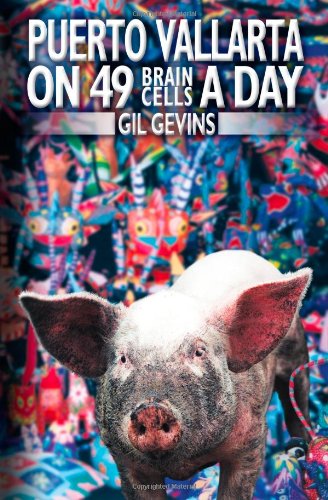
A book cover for Puerto Vallarta on 49 Brain Cells a Day (Volume 1); Gil Gevins; Travel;